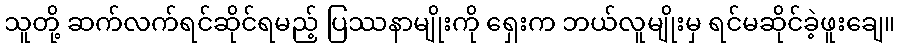
သူတို့ ဆက်လက်ရင်ဆိုင်ရမည့် ပြဿနာမျိုးကို ရှေးက ဘယ်လူမျိုးမှ ရင်မဆိုင်ခဲ့ဖူးချေ။